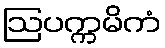
ဩပက္ကမိကံ